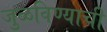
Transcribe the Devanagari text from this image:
जुळविण्याची